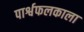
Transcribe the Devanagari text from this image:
पार्श्वफलकाला